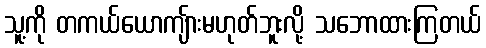
သူ့ကို တကယ်ယောကျ်ားမဟုတ်ဘူးလို့ သဘောထားကြတယ်